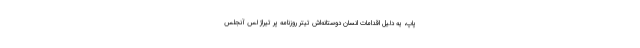
پاپ، یه دلیل اقدامات انسان‌ دوستانه‌اش تیتر روزنامه پر تیراژ لس آنجلس